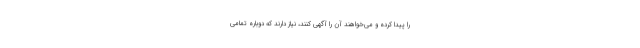
را پیدا کرده و می‌خواهند آن را آگهی کنند، نیاز دارند که دوباره تمامی